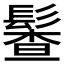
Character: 𩮎